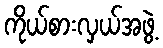
ကိုယ်စားလှယ်အဖွဲ့